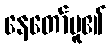
နေတော်မူ၏